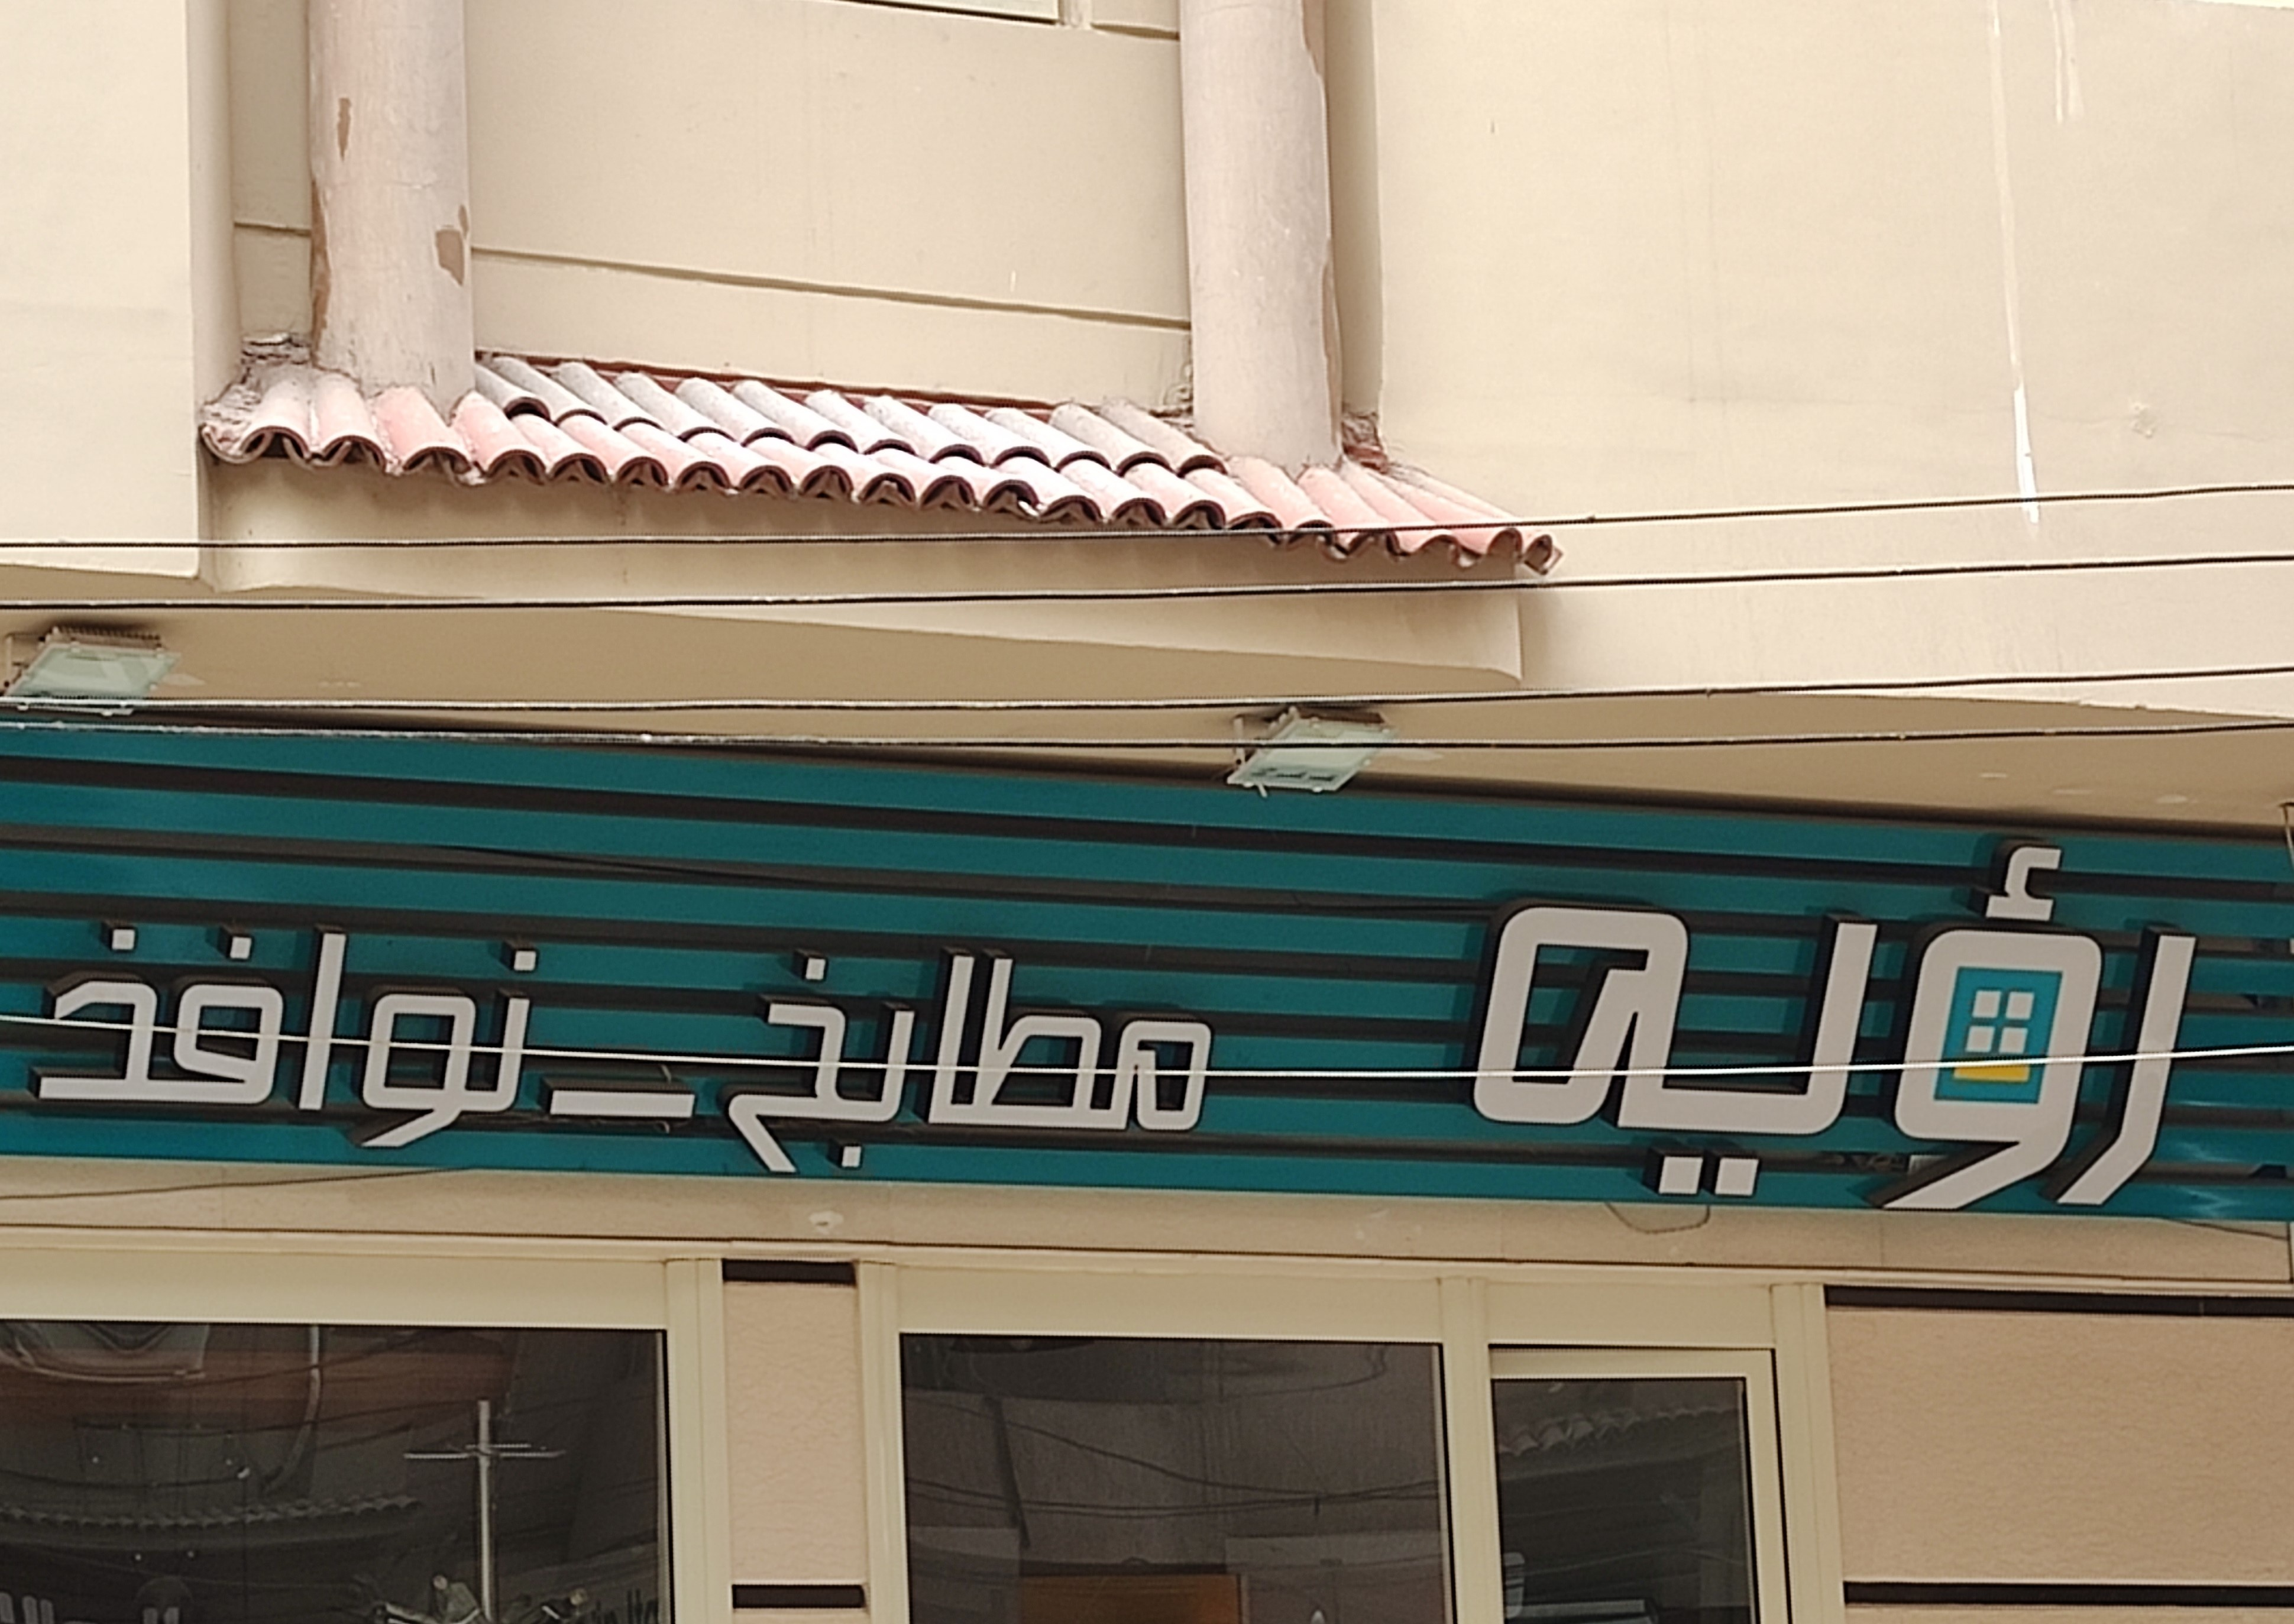
Text in image: رؤيه نوافذ مطابخ